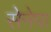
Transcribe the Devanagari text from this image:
सेनेपा